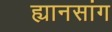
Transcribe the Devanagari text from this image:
ह्यानसांग